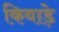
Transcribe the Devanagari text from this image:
किवाड़े